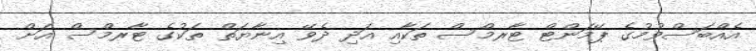
އެއްބަސްވުމުގެ ޕޭމަންޓް ޓާރމްސް ތަކާއި އަދި ދެވޭ އިނާޔަތް ތަކުގެ ޓާރމްސް އަށް